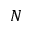
N